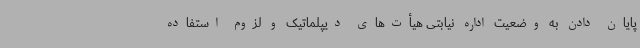
پایان دادن به وضعیت اداره نیابتی هیأت‌های دیپلماتیک و لزوم استفاده